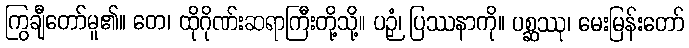
ကြွချီတော်မူ၏။ တေ၊ ထိုဂိုဏ်းဆရာကြီးတို့သို့။ ပဉှံ၊ ပြဿနာကို။ ပစ္ဆဿု၊ မေးမြန်းတော်